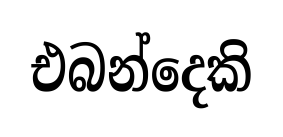
එබන්දෙකි